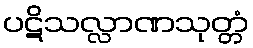
ပဋိသလ္လာဏသုတ္တံ